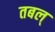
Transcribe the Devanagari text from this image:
तबल्